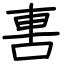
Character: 軎